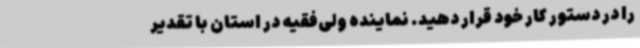
را در دستور کار خود قرار دهید. نماینده ولی‌فقیه در استان با تقدیر